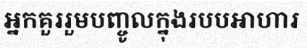
អ្នកគួររួមបញ្ចូលក្នុងរបបអាហារ